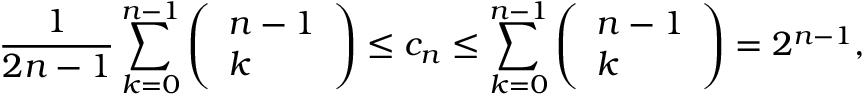
\frac 1 { 2 n - 1 } \sum _ { k = 0 } ^ { n - 1 } \left( \begin{array} { l } { n - 1 } \\ { k } \end{array} \right) \le c _ { n } \le \sum _ { k = 0 } ^ { n - 1 } \left( \begin{array} { l } { n - 1 } \\ { k } \end{array} \right) = 2 ^ { n - 1 } ,